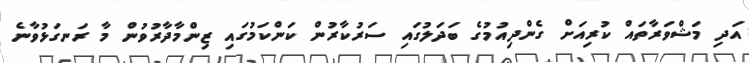
އަދި މަޝްވަރާތައް ކުރިއަށް ގެންދިއުމުގެ ބަދަލުގައި ސަރުކާރުން ކަންކަމުގައި ޒިންމާދާރުވުން މާ ރަނގަޅުވާނެ